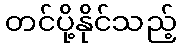
တင်ပို့နိုင်သည့်